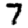
Digit: 7